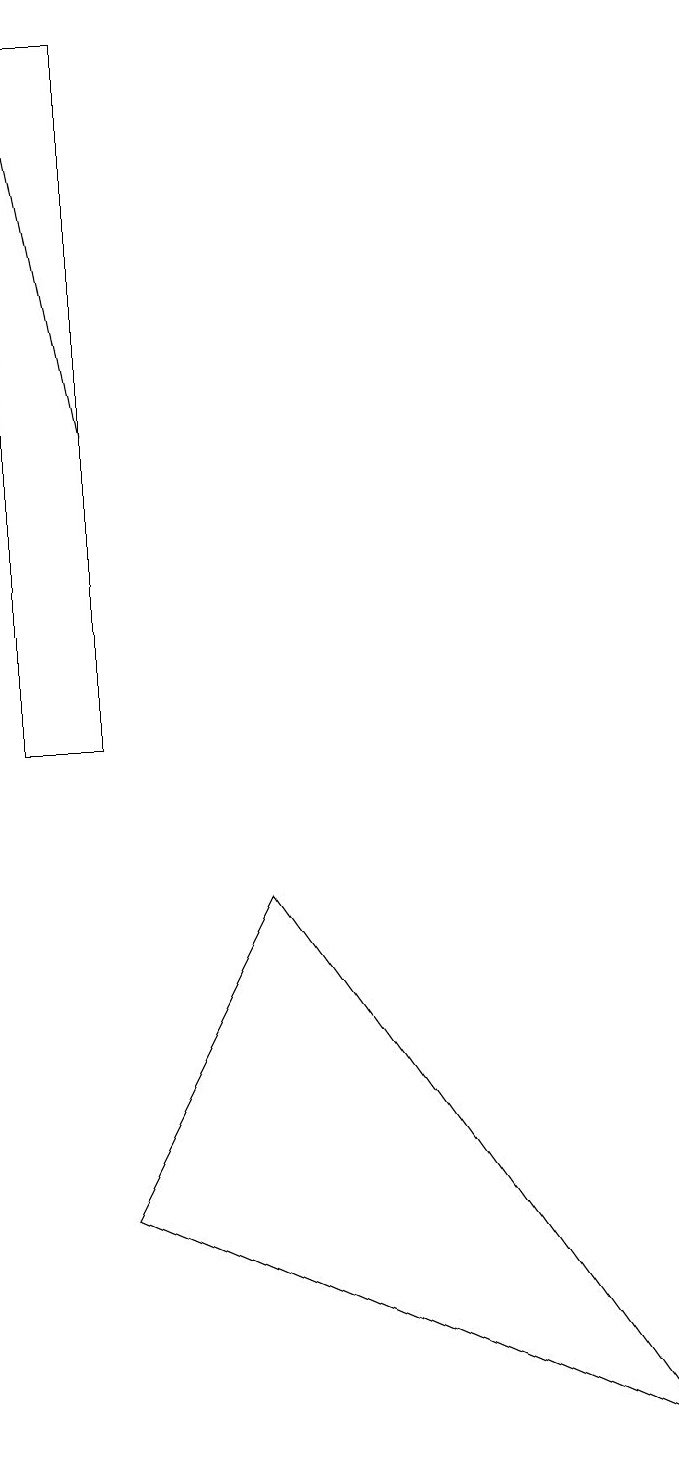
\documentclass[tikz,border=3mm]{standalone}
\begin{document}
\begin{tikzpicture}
\draw[->] (1,14) -- (0,19);
\draw (0,10) rectangle (1,19);
\draw (3,8) -- (8,1) -- (1,4) -- cycle;
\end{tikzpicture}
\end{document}